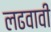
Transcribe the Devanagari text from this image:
लढवावी